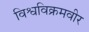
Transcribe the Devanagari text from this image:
विश्वविक्रमवीर